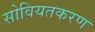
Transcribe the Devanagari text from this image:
सोवियतकरण